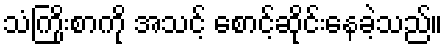
သံကြိုးစာကို အသင့် စောင့်ဆိုင်းနေခဲ့သည်။